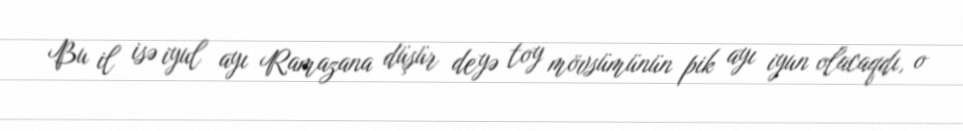
Bu il isə iyul ayı Ramazana düşür deyə toy mövsümünün pik ayı iyun olacaqdı, o